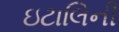
ઇટાલિની